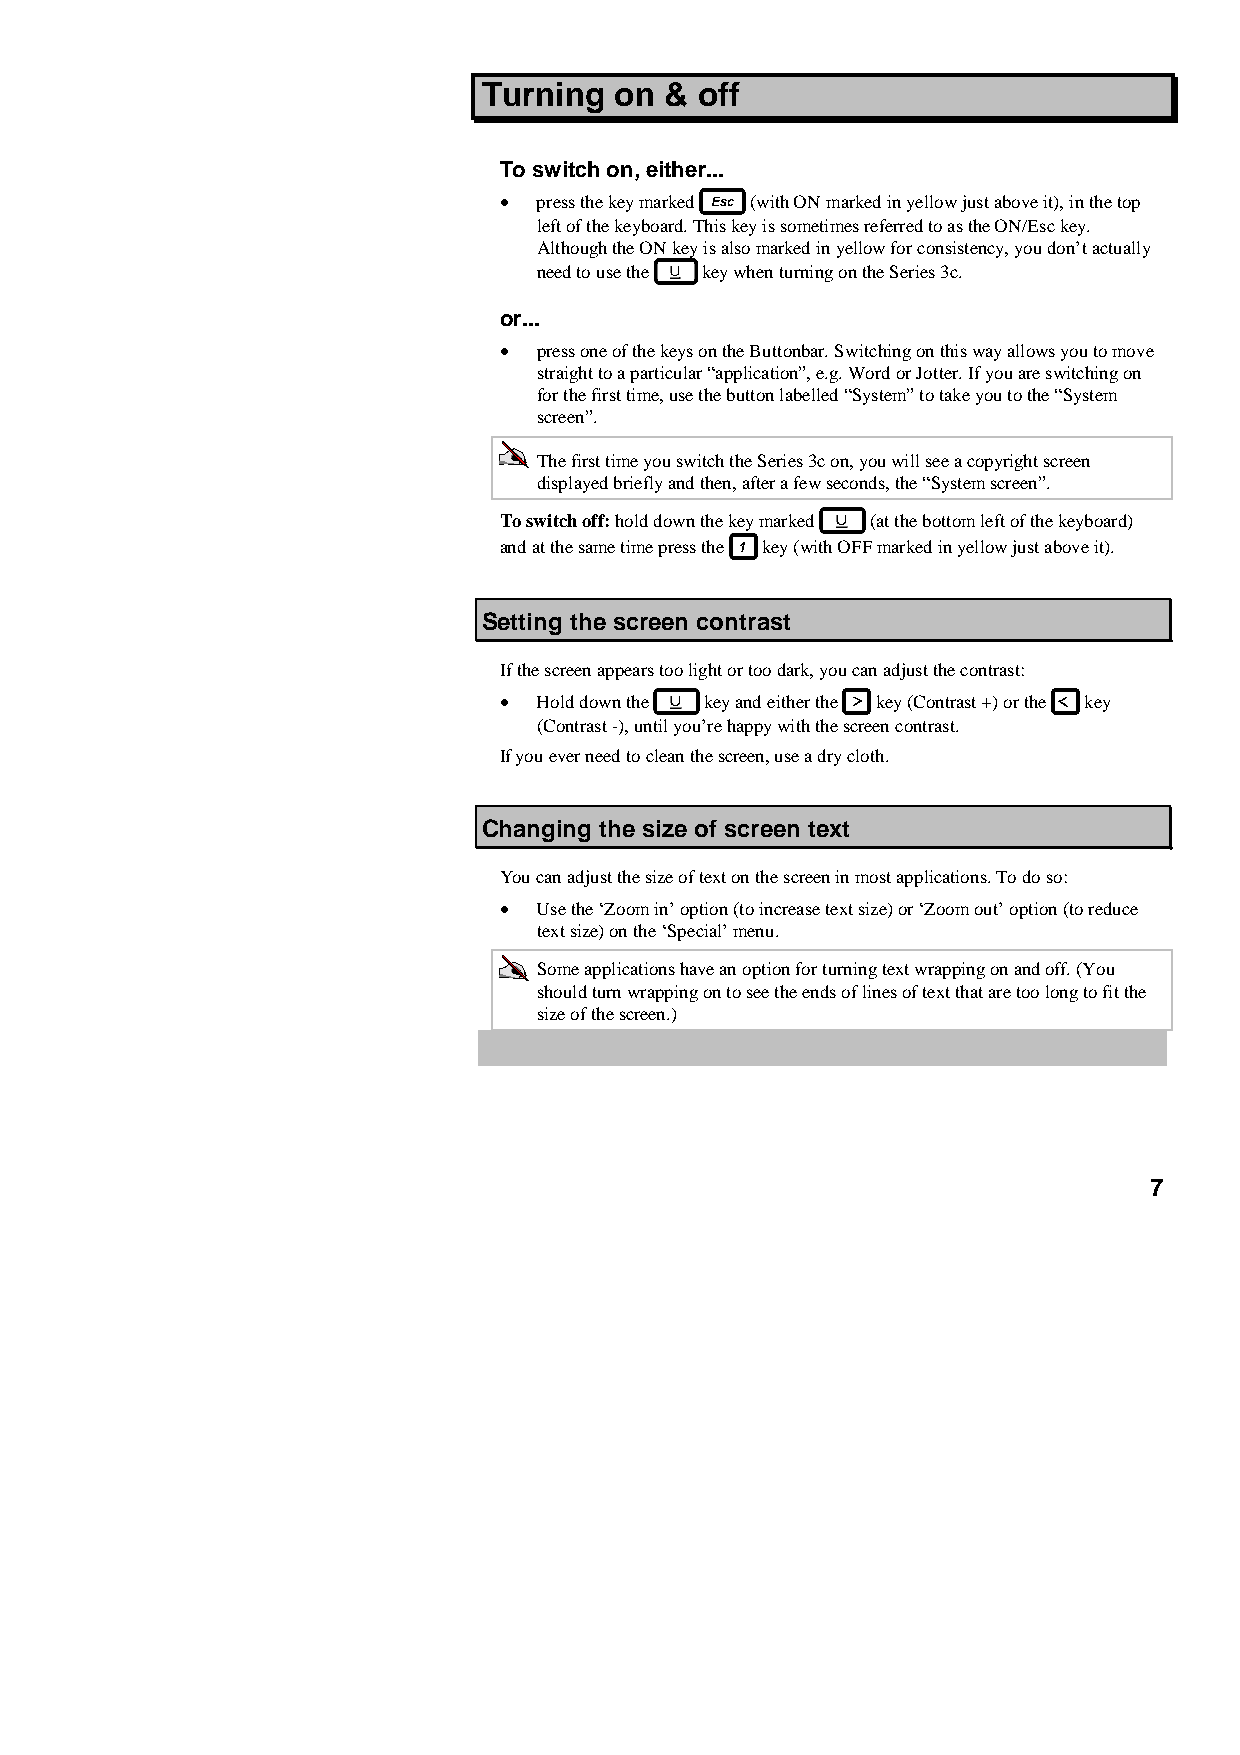
Turning  on & off
 To switch on, either...
 •  press the key marked (with ON marked in yellow just above it), in the top
 left of the keyboard. This key is sometimes referred to as the ON/Esc key.
 Although the ON key is also marked in yellow for consistency, you don’t actually
 need to use the key when turning on the Series 3c.
 or...
 •  press one of the keys on the Buttonbar. Switching on this way allows you to move
 straight to a particular “application”, e.g. Word or Jotter. If you are switching on
 for the first time, use the button labelled “System” to take you to the “System
 screen”.
 The first time you switch the Series 3c on, you will see a copyright screen
 displayed briefly and then, after a few seconds, the “System screen”.
 To switch off: hold down the key marked (at the bottom left of the keyboard)
 and at the same time press the key (with OFF marked in yellow just above it).
 Setting the screen contrast
 If the screen appears too light or too dark, you can adjust the contrast:
 •  Hold down the key and either the key (Contrast +) or the key
 (Contrast -), until you’re happy with the screen contrast.
 If you ever need to clean the screen, use a dry cloth.
 Changing the size of screen text
 You can adjust the size of text on the screen in most applications. To do so:
 •  Use the ‘Zoom in’ option (to increase text size) or ‘Zoom out’ option (to reduce
 text size) on the ‘Special’ menu.
 Some applications have an option for turning text wrapping on and off. (You
 should turn wrapping on to see the ends of lines of text that are too long to fit the
 size of the screen.)
 7